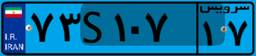
۷۳S۱۰۷۱۷